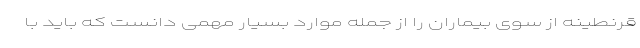
قرنطینه از سوی بیماران را از جمله موارد بسیار مهمی دانست که باید با